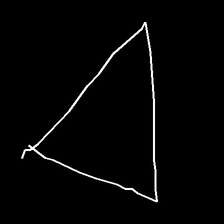
Glyph: convergence